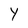
Character: y